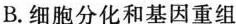
B.细胞分化和基因重组